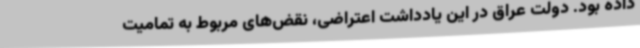
داده بود. دولت عراق در این یادداشت اعتراضی، نقض‌های مربوط به تمامیت